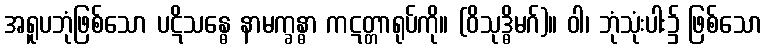
အရူပဘုံဖြစ်သော ပဋိသန္ဓေ နာမက္ခန္ဓာ ကဋတ္တာရုပ်ကို။ (ဝိသုဒ္ဓိမဂ်)။ ဝါ၊ ဘုံသုံးပါး၌ ဖြစ်သော